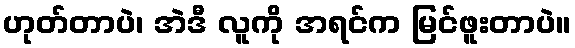
ဟုတ်တာပဲ၊ အဲဒီ လူကို အရင်က မြင်ဖူးတာပဲ။